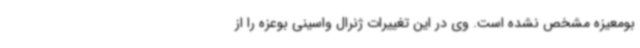
بومعیزه مشخص نشده است. وی در این تغییرات ژنرال واسینی بوعزه را از